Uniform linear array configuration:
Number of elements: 48
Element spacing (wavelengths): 0.25
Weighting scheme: exponential
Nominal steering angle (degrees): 60
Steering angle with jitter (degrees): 60.127
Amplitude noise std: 0.05
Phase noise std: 0.05

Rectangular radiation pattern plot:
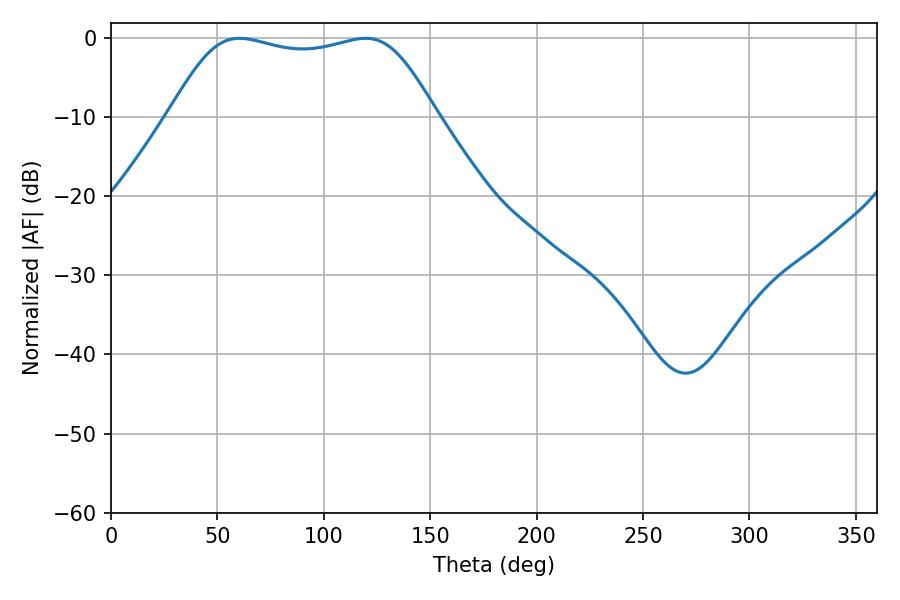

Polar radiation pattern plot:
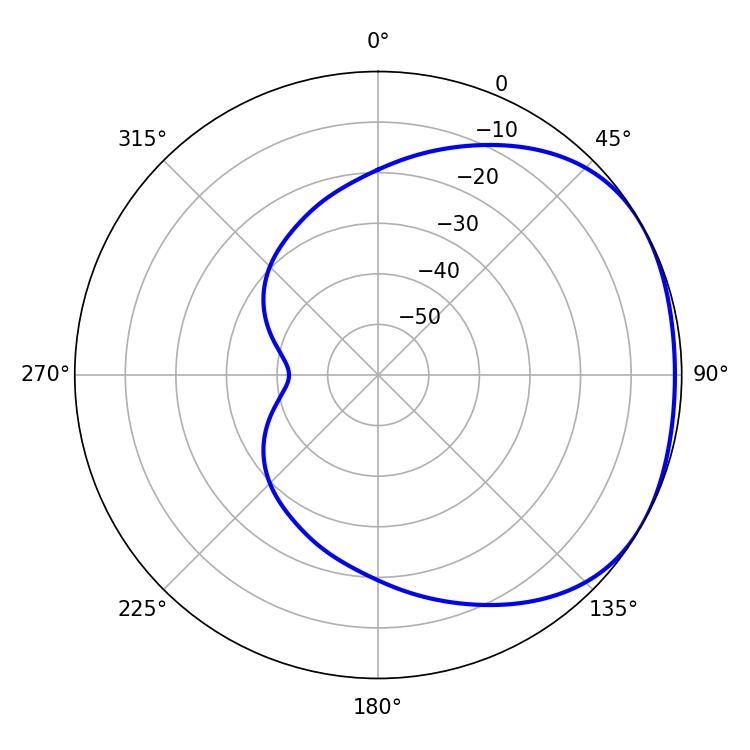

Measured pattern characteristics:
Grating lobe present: FALSE
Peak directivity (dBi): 1.71
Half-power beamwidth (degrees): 96.12
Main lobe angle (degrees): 60.48